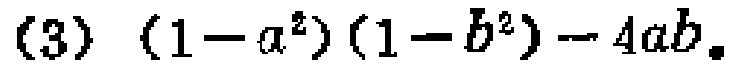
(3) \((1 - a^{2})(1 - b^{2}) - 4ab\)